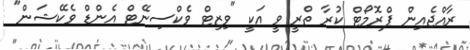
ރާއްޖެއިން ޕްރޮމޯޓް ކުރާ ތްރީ ވީ އަކީ "ވިޒިޓް ވެކްސިނޭޓް އެންޑް ވެކޭޝަން"